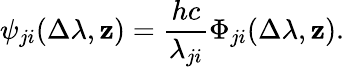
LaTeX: \psi_{ji}(\Delta\lambda,\mathbf{z})=\frac{{hc}}{{\lambda_{ji}}}\Phi_{ji}(\Delta\lambda,\mathbf{z}).